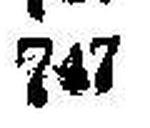
747